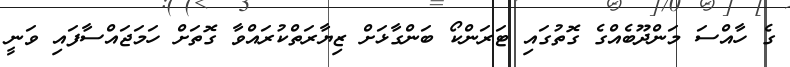
ގެ ހާއްސަ މަންދޫބެއްގެ ގޮތުގައި ޓަރަންކޯ ބަންގާޅަށް ޒިޔާރަތްކުރައްވާ ގޮތަށް ހަމަޖައްސާފައި ވަނީ